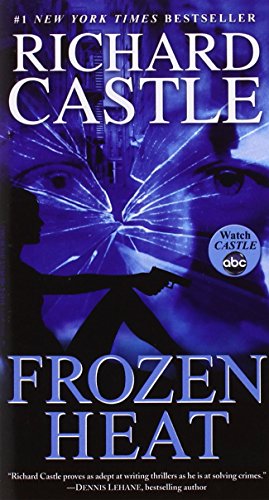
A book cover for Frozen Heat (A Castle Book); Richard Castle; Mystery, Thriller & Suspense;